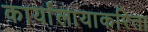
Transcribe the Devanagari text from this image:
कार्यालायाकरिता